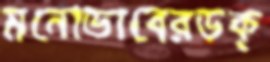
মনোভাবেরডক্